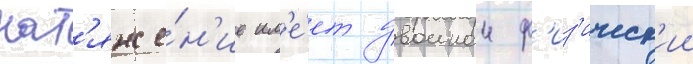
нат'яже́н'ие им'е́ет двоинои ф'из'ическ'ии